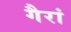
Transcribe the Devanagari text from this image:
गैरां